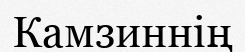
Камзиннің